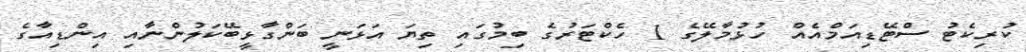
ކުރިކެޓު ސްޓޭޑިއަމްއެއް ހުޅުމާލޭގެ 1 ހެކްޓަރުގެ ބިމުގައި ތިޔަ އަޅަނީ ބަންގާޅީބޭކަލުންނާއި އިންޑިއާގެ